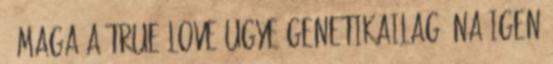
Ő maga a True Love ugye genetikailag. Na igen